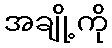
အချို့ကို